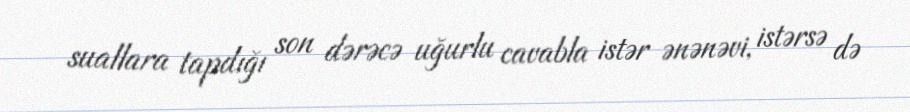
suallara tapdığı son dərəcə uğurlu cavabla istər ənənəvi, istərsə də